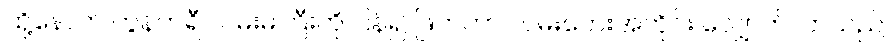
ထို့နောက် ကွန်ကရီ လမ်းမကြီးကို ပြန်၍ ဖြတ်ကာ လမ်းဘေးအတိုင်း လျှောက်လာသည်။